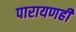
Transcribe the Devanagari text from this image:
पारायणही